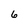
Character: 6